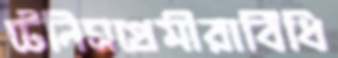
টেনিসপ্রেমীরাবিঁধি